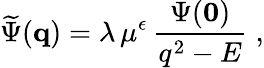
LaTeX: \widetilde{\Psi}({\mathbf q})=\lambda\, \mu^{\epsilon}\, \frac{\Psi({\mathbf 0})}{q^{2}-E}\; ,